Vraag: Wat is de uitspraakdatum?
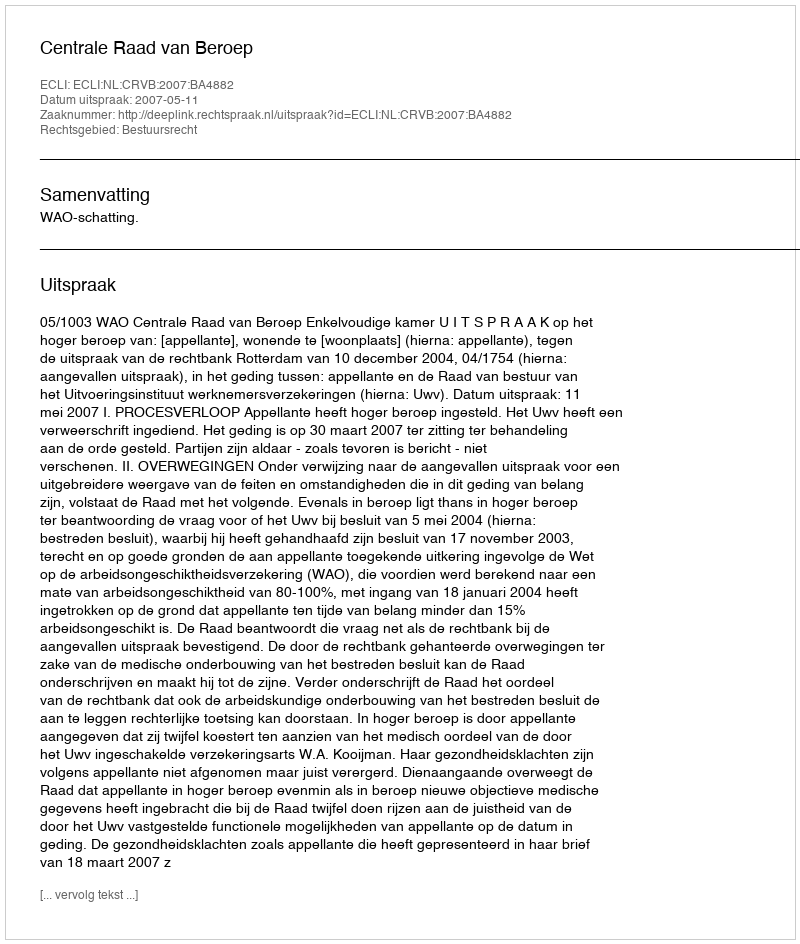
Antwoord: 2007-05-11